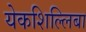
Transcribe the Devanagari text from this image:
येकशिल्लिबा